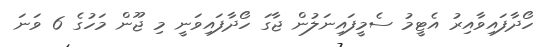
ހޯދާފައިވާއިރު އެޓީމު ސެމީފައިނަލުން ޖާގަ ހޯދާފައިވަނީ މި ޖޫން މަހުގެ 6 ވަނަ